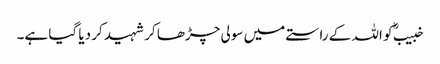
خبیبؓ کو اللہ کے راستے میں سولی چڑھا کر شہید کر دیا گیا ہے۔